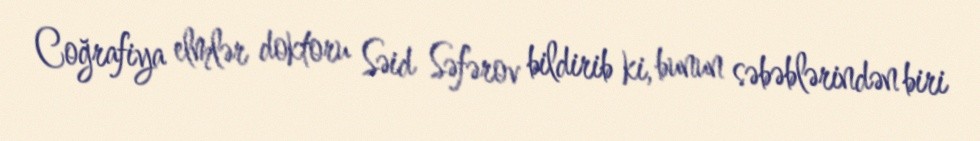
Coğrafiya elmlər doktoru Səid Səfərov bildirib ki, bunun səbəblərindən biri